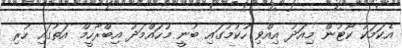
އެކަމަކު ކޯޓުން މިއަދު އިއްވި ހުކުމުގަަައި ބުނީ މުހައްމަދު އިބްރާހީމް އަތުގައި ހުރި